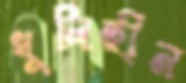
ধূলিহীন